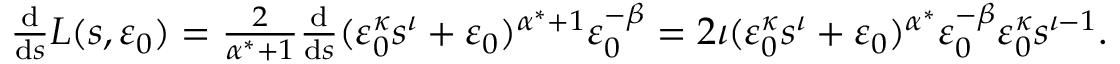
\begin{array} { r } { \frac { \mathrm d } { \mathrm d s } L ( s , { \varepsilon } _ { 0 } ) = \frac { 2 } { \alpha ^ { * } + 1 } \frac { \mathrm d } { \mathrm d s } ( { \varepsilon } _ { 0 } ^ { \kappa } s ^ { \iota } + { \varepsilon } _ { 0 } ) ^ { \alpha ^ { * } + 1 } { \varepsilon } _ { 0 } ^ { - \beta } = 2 \iota ( { \varepsilon } _ { 0 } ^ { \kappa } s ^ { \iota } + { \varepsilon } _ { 0 } ) ^ { \alpha ^ { * } } { \varepsilon } _ { 0 } ^ { - \beta } { \varepsilon } _ { 0 } ^ { \kappa } s ^ { \iota - 1 } . } \end{array}